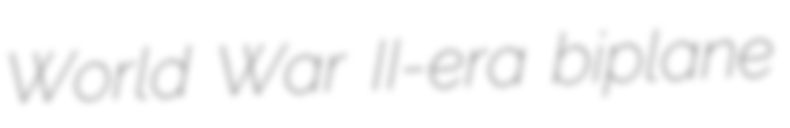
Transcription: World War II-era biplane